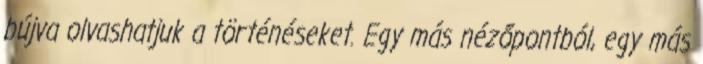
bújva olvashatjuk a történéseket. Egy más nézőpontból, egy más